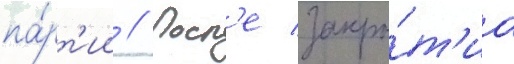
па́рт'ии // Посл'е закры́т'иа